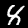
Label: 8